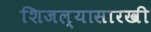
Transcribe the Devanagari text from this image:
शिजल्यासारखी